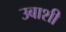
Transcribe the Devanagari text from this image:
उबाशी